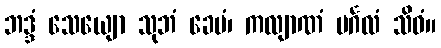
ဘဒ္ဒံ သေယျော သုဘံ ခေမံ၊ ကလျာဏံ မင်္ဂလံ သိဝံ။